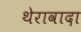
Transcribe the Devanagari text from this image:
थेरावादा